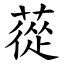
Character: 蓯